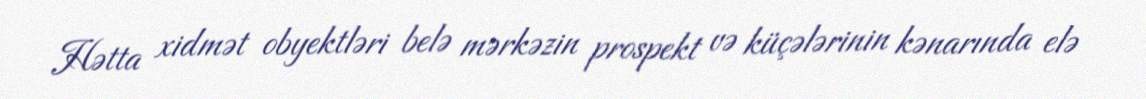
Hətta xidmət obyektləri belə mərkəzin prospekt və küçələrinin kənarında elə